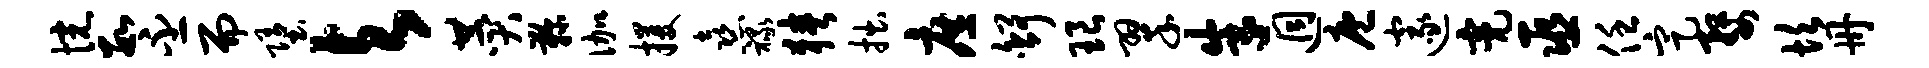
惋数丕而堕与赞鞠伽攫熹禄狭拙庶舒琅翠朱迥庖邃亮巫任定婺坎册